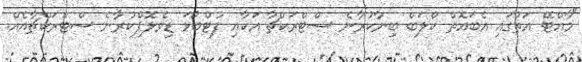
"މާއްޓޭ އަތުގައި އެބައޮތް ކްލަބް ބިނާކުރާނެ ސްޓްރަކްޗާ އަކާއި ފުޓްބޯޅަ ޑިވެލޮޕްކުރާނެ ސްޓްރަކްޗާއެއް.